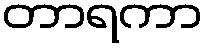
တာရကာ